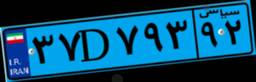
۶۰D۱۷۶۱۱